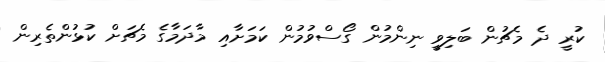
ކުރީ ދެ މެޗުން ބަލިވީ ނިންމުން ގޯސްވުމުން ކަމަށާއި މާދަމާގެ މެޗަށް ކުޅުންތެރިން